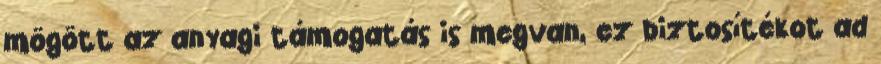
mögött az anyagi támogatás is megvan, ez biztosítékot ad